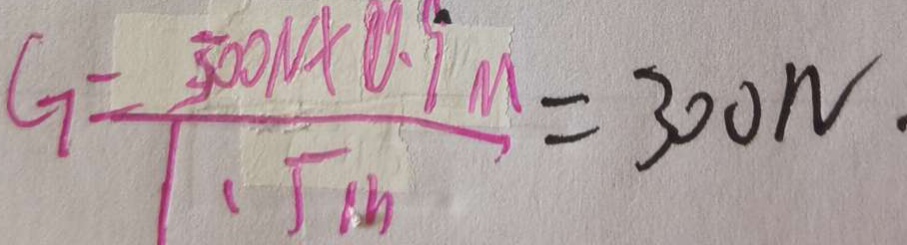
G = \frac { 3 0 0 N \times 0 . 9 m } { 1 . 5 m } = 3 0 0 N .